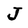
Character: J